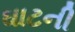
ઘાટની